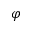
\varphi